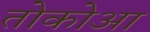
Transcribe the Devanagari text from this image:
तोकोआ